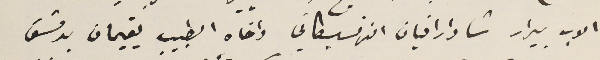
الاب بيرار شادارافيان الفرنسيسكاني واخاه الطبيب يقيمان بدمشق